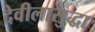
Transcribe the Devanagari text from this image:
देवीलासुद्धा